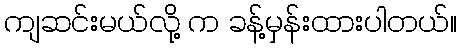
ကျဆင်းမယ်လို့ က ခန့်မှန်းထားပါတယ်။